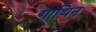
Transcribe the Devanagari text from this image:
गाथिन